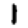
Digit: 1